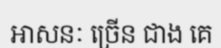
អាសនៈ ច្រើន ជាង គេ